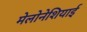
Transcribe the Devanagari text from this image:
मेलोनेशियाई